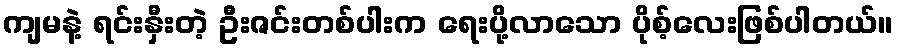
ကျမနဲ့ ရင်းနှီးတဲ့ ဦးဇင်းတစ်ပါးက ရေးပို့လာသော ပိုစ့်လေးဖြစ်ပါတယ်။